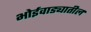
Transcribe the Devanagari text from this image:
भोईवाड्यातील